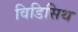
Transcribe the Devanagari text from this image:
विडिसिथ